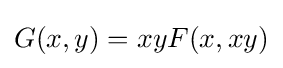
G(x,y)=xyF(x,xy)